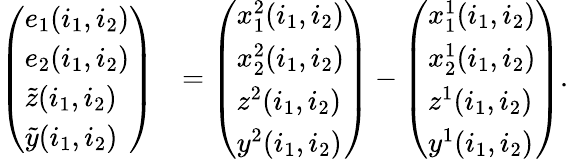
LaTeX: \begin{array}{rl}{\left(\begin{array}{l}{e_{1}(i_{1},i_{2})}\\ {e_{2}(i_{1},i_{2})}\\ {\tilde{z}(i_{1},i_{2})}\\ {\tilde{y}(i_{1},i_{2})}\end{array}\right)}&{=\left(\begin{array}{l}{x_{1}^{2}(i_{1},i_{2})}\\ {x_{2}^{2}(i_{1},i_{2})}\\ {z^{2}(i_{1},i_{2})}\\ {y^{2}(i_{1},i_{2})}\end{array}\right)-\left(\begin{array}{l}{x_{1}^{1}(i_{1},i_{2})}\\ {x_{2}^{1}(i_{1},i_{2})}\\ {z^{1}(i_{1},i_{2})}\\ {y^{1}(i_{1},i_{2})}\end{array}\right).}\end{array}